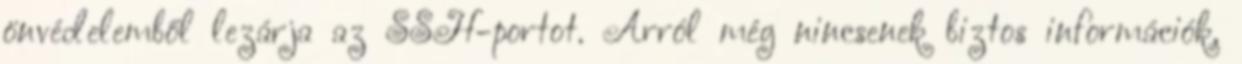
önvédelemből lezárja az SSH-portot. Arról még nincsenek biztos információk,